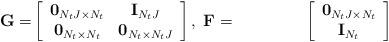
LaTeX: \begin{align*}\mathbf{G} =& \left[ \begin{array}{cc}\mathbf{0}_{N_t J \times N_t} & \mathbf{I}_{N_t J} \\\mathbf{0}_{N_t \times N_t} & \mathbf{0}_{N_t \times N_t J} \\\end{array} \right],\; \mathbf{F} =& \left[ \begin{array}{cc}\mathbf{0}_{N_t J \times N_t} \\\mathbf{I}_{N_t}\\\end{array} \right]\end{align*}